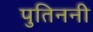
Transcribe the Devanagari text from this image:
पुतिननी